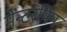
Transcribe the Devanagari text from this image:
मेंन्टरषिप